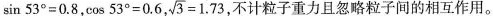
sin53^{°}=0.8，cos53^{°}=0.6 ，\sqrt{3}=1.73，不计粒子重力且忽略粒子间的相互作用。